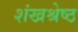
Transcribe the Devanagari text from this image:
शंखश्रेष्ठ